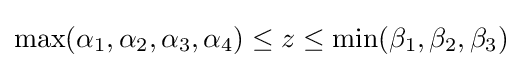
\max(\alpha _{1},\alpha _{2},\alpha _{3},\alpha _{4})\leq z\leq \min(\beta _{1},\beta _{2},\beta _{3})